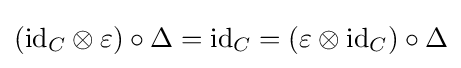
(\mathrm {id} _{C}\otimes \varepsilon )\circ \Delta =\mathrm {id} _{C}=(\varepsilon \otimes \mathrm {id} _{C})\circ \Delta